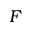
F